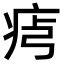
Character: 𤵶